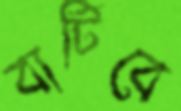
বাটিবে